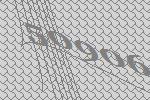
50906